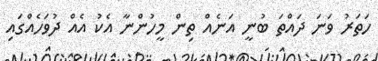
ހަތަރު ވަނަ ދައްތަ ބުނީ އަނެއް ތިން މީހުންނާ އެކު އެއް ދުވަހެއްގައި